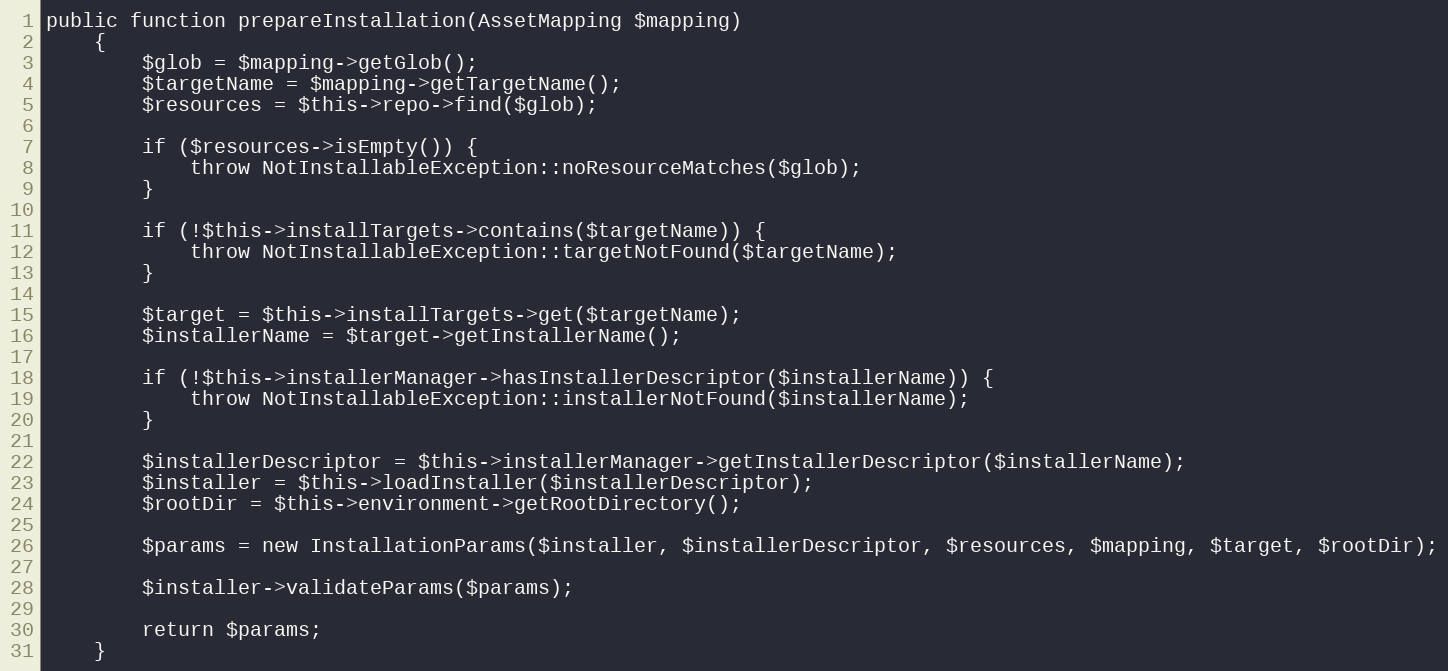
Language: PHP
public function prepareInstallation(AssetMapping $mapping)
    {
        $glob = $mapping->getGlob();
        $targetName = $mapping->getTargetName();
        $resources = $this->repo->find($glob);

        if ($resources->isEmpty()) {
            throw NotInstallableException::noResourceMatches($glob);
        }

        if (!$this->installTargets->contains($targetName)) {
            throw NotInstallableException::targetNotFound($targetName);
        }

        $target = $this->installTargets->get($targetName);
        $installerName = $target->getInstallerName();

        if (!$this->installerManager->hasInstallerDescriptor($installerName)) {
            throw NotInstallableException::installerNotFound($installerName);
        }

        $installerDescriptor = $this->installerManager->getInstallerDescriptor($installerName);
        $installer = $this->loadInstaller($installerDescriptor);
        $rootDir = $this->environment->getRootDirectory();

        $params = new InstallationParams($installer, $installerDescriptor, $resources, $mapping, $target, $rootDir);

        $installer->validateParams($params);

        return $params;
    }